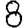
Digit: 8